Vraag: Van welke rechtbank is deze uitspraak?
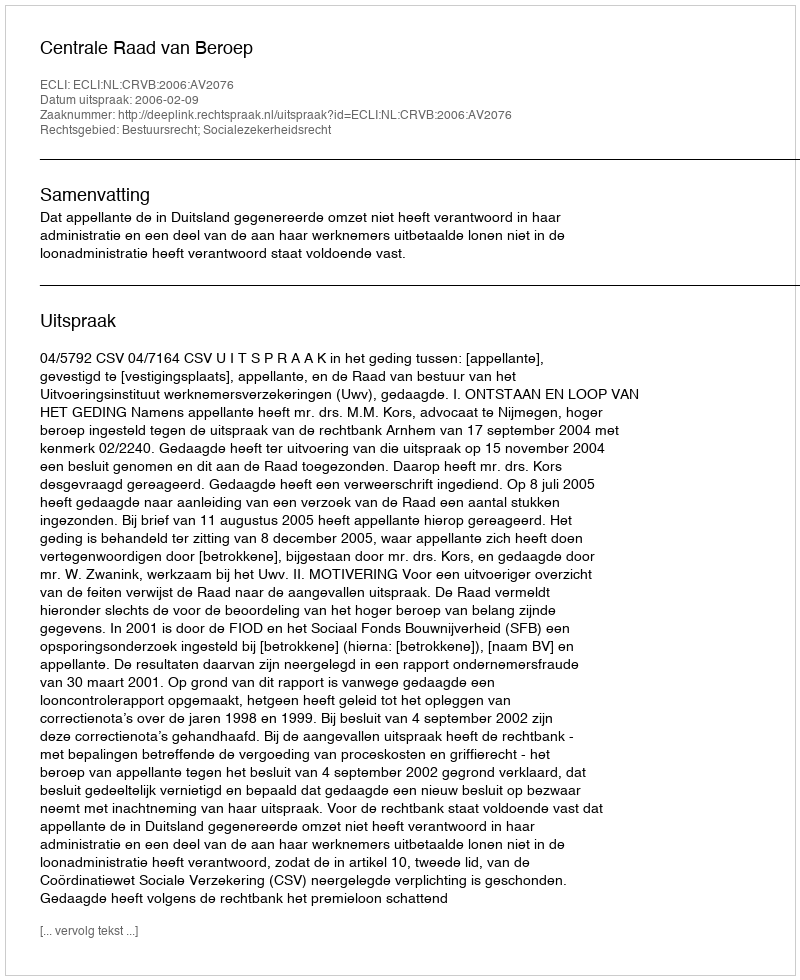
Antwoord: Centrale Raad van Beroep